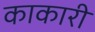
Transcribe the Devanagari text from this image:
काकारी